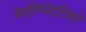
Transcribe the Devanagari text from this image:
फेर्लिंघेट्टिको